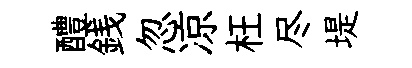
醴銭忽凉枉尽堤